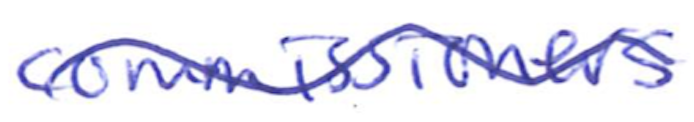
Text: commissioners
Cross-out: wave
Writing tool: ballpoint